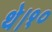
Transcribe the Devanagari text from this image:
थे।१०